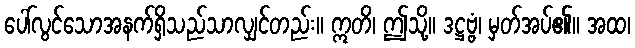
ပေါ်လွင်သောအနက်ရှိသည်သာလျှင်တည်း။ ဣတိ၊ ဤသို့။ ဒဋ္ဌဗ္ဗံ၊ မှတ်အပ်၏။ အထ၊